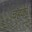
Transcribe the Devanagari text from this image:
चहके